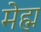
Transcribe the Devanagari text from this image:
मेह्म